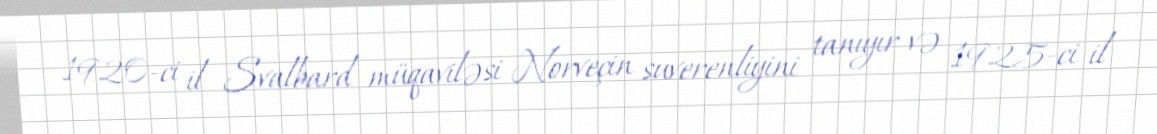
1920-ci il Svalbard müqaviləsi Norveçin suverenliyini tanıyır və 1925-ci il